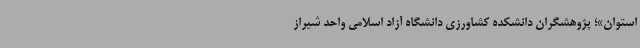
استوان»؛ پژوهشگران دانشکده کشاورزی دانشگاه آزاد اسلامی واحد شیراز